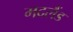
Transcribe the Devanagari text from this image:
मदलैंड